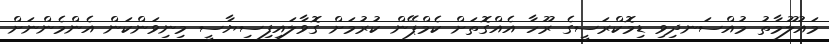
މައުލޫމާތު މުއްސަނދިވި ޑިމޮކްރަސީގެ ރޫހާ އެއްގޮތަށް ކެމްޕޭން ކުރުމަށް ގޮވާލައިފިސިޔާސީ މިނިވަންކަން އެންމެންނަށް